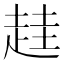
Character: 䞨